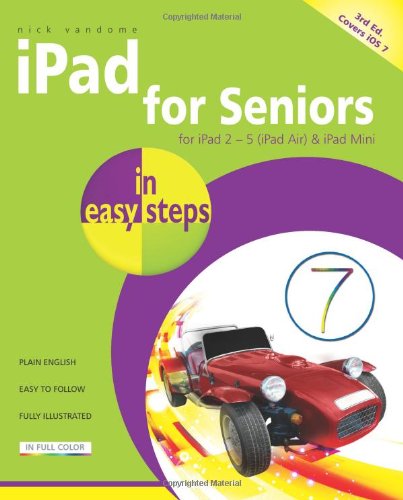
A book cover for iPad for Seniors in Easy Steps; Nick Vandome; Computers & Technology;